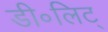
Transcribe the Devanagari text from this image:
डी॰लिट्